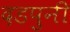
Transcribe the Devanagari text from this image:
दडपुनी